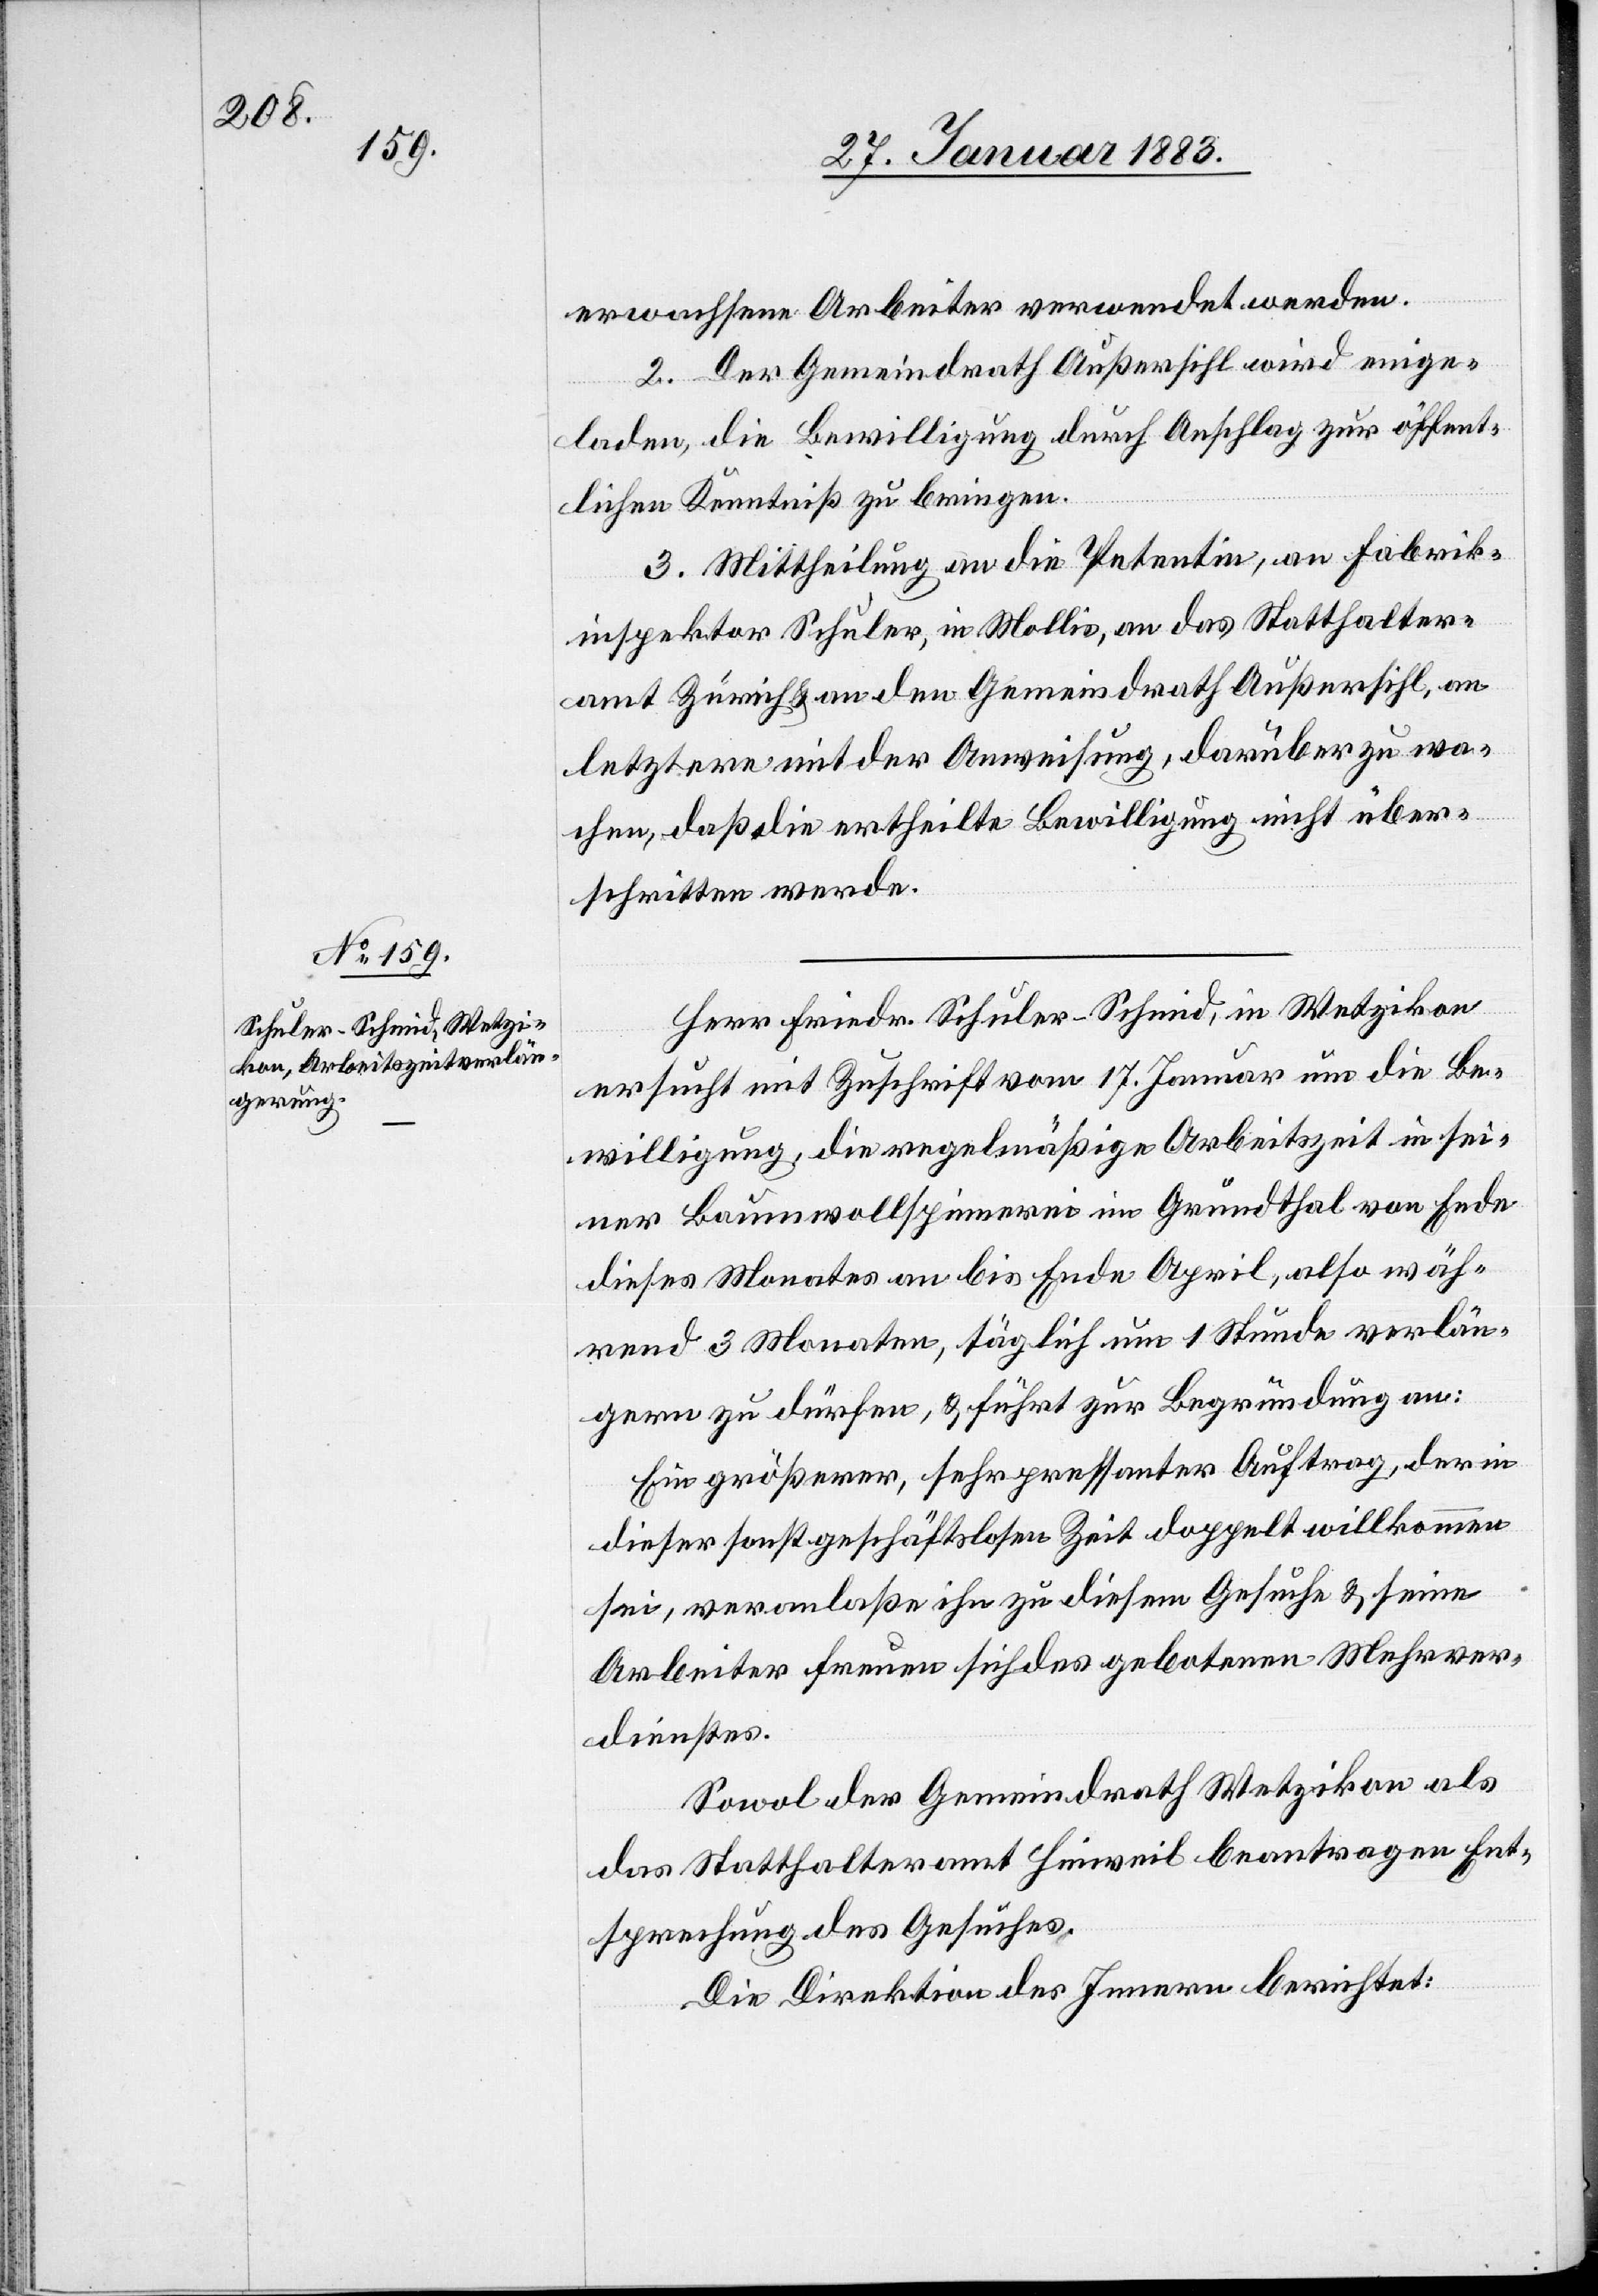
erwachsene Arbeiter verwendet werden.
2. Der Gemeindrath Außersihl wird einge¬
laden, die Bewilligung durch Anschlag zur öffent¬
lichen Kenntniß zu bringen.
3. Mittheilung an die Petentin, an Fabrik¬
inspektor Schuler, in Mollis, an das Statthalter¬
amt Zürich & an den Gemeindrath Außersihl, an
letztern mit der Anweisung darüber zu wa¬
chen, daß die ertheilte Bewilligung nicht über¬
schritten werde.
Herr Friedr. Schuler-Schmid, in Wetzikon
ersucht mit Zuschrift vom 17. Januar um die Be¬
willigung, die regelmäßige Arbeitszeit in sei¬
ner Bauwollspinnerei im Grundthal von Ende
dieses Monates an bis Ende April, also wäh¬
rend 3 Monaten, täglich um 1 Stunde verlän¬
gern zu dürfen, & führt zur Begründung an:
Ein größerer, sehr pressanter Auftrag, der in
dieser sonst geschäftslosen Zeit doppelt willkommen
sei, veranlaße ihn zu diesem Gesuche & seine
Arbeiter freuen sich des gebotenen Mehrver¬
dienstes.
Sowol der Gemeindrath Wetzikon als
das Statthalteramt Hinweil beantragen Ent¬
sprechung des Gesuches.
Die Direktion des Innern berichtet: